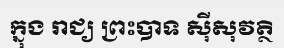
ក្នុង រាជ្យ ព្រះបាទ ស៊ីសុវត្ថិ